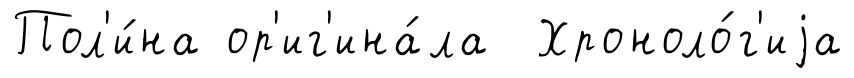
Пол'и́на ор'иг'ина́ла Хроноло́г'иjа